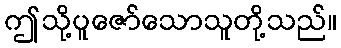
ဤသို့ပူဇော်သောသူတို့သည်။